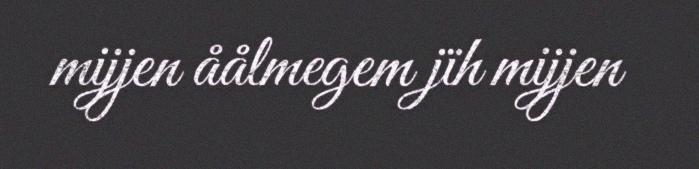
mijjen åålmegem jïh mijjen